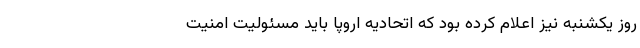
روز یکشنبه نیز اعلام کرده بود که اتحادیه اروپا باید مسئولیت امنیت